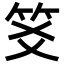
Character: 笅